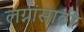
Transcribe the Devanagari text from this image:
लग्नांसाठी